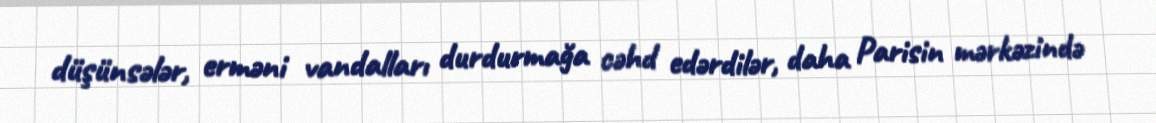
düşünsələr, erməni vandalları durdurmağa cəhd edərdilər, daha Parisin mərkəzində